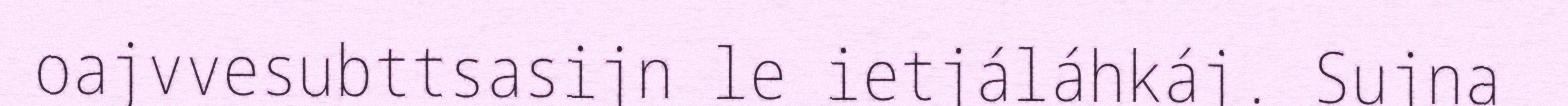
oajvvesubttsasijn le ietjáláhkáj. Sujna